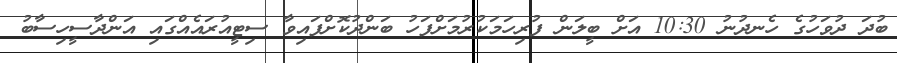
ބުދަ ދުވަހުގެ ހެނދުނު 10:30 އަށް ބީލަން ފުރިހަމަކުރުމަށްފަހު ބަންދުކޮށްފައިވާ ސިޓީއުރައެއްގައި އަންދާސީހިސާބު